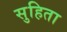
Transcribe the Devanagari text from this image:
सुहिता